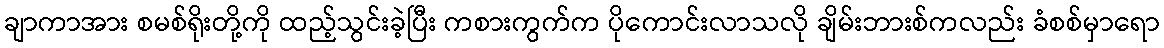
ချာကာအား စမစ်ရိုးတို့ကို ထည့်သွင်းခဲ့ပြီး ကစားကွက်က ပိုကောင်းလာသလို ချိမ်းဘားစ်ကလည်း ခံစစ်မှာရော